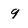
Character: 9